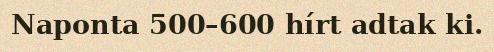
Naponta 500–600 hírt adtak ki.